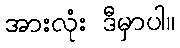
အားလုံး ဒီမှာပါ။